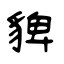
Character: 貏